Standards of the constituents of the urine and blood and the bearing of the metabolism of Bengalis on the problems of nutrition - Number 34
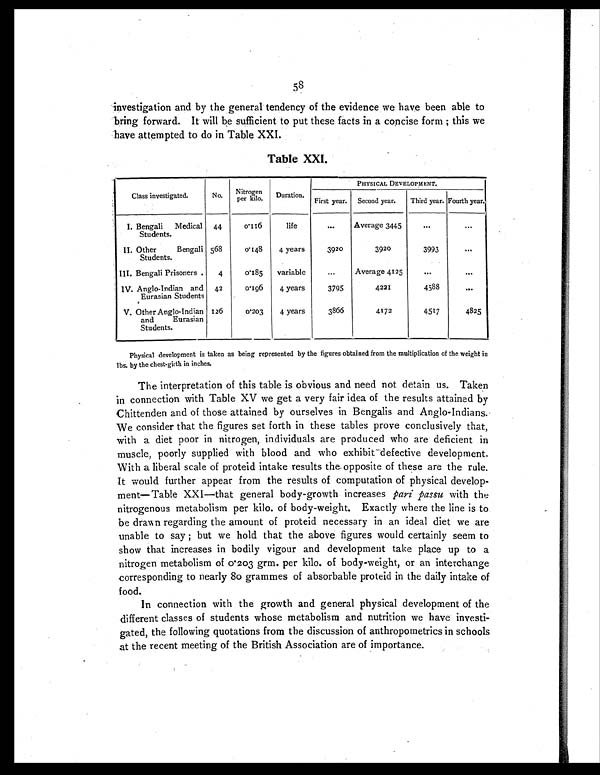
58
investigation and by the general tendency of the evidence we have been able to
bring forward. It will be sufficient to put these facts in a concise form ; this we
have attempted to do in Table XXI.
Table XXI.
Class investigated.
No.
Nitrogen
per kilo.
Duration.
PHYSICAL DEVELOPMENT.
First year. Second year.
Third year. Fourth year.
I. Bengali Medical
Students.
44
0.116
life
...
Average 3445
. . .
. . .
II. Other Bengali
Students.
568
0.148
4 years
3920
3920
3993
. . .
III. Bengali Prisoners .
4
0.185
variable
. . .
Average 4125
. . .
. . .
IV. Anglo-Indian and
Eurasian Students
42
0.196
4 years
3795
4221
4588
. . .
V. Other Anglo-Indian
and Eurasian
Students.
126
0.203
4 years
3866
4172
4517
4825
Physical development is taken as being represented by the figures obtained from the multiplication of the weight in
lbs. by the chest-girth in inches.
The interpretation of this table is obvious and need not detain us. Taken
in connection with Table XV we get a very fair idea of the results attained by
Chittenden and of those attained by ourselves in Bengalis and Anglo-Indians.
We consider that the figures set forth in these tables prove conclusively that,
with a diet poor in nitrogen, individuals are produced who are deficient in
muscle, poorly supplied with blood and who exhibit defective development.
With a liberal scale of proteid intake results the opposite of these are the rule.
It would further appear from the results of computation of physical develop-
ment—Table XXI—that general body-growth increases pari passu with the
nitrogenous metabolism per kilo. of body-weight. Exactly where the line is to
be drawn regarding the amount of proteid necessary in an ideal diet we are
unable to say ; but we hold that the above figures would certainly seem to
show that increases in bodily vigour and development take place up to a
nitrogen metabolism of 0.203 grm. per kilo. of body-weight, or an interchange
corresponding to nearly 80 grammes of absorbable proteid in the daily intake of
food.
In connection with the growth and general physical development of the
different classes of students whose metabolism and nutrition we have investi-
gated, the following quotations from the discussion of anthropometrics in schools
at the recent meeting of the British Association are of importance.